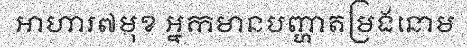
អាហារ៧មុខ អ្នកមានបញ្ហាតម្រងនោម